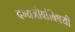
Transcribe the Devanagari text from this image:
वन्यजीवांविषयी